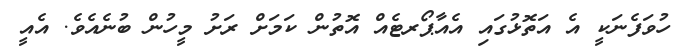
ހުވަފެނަކީ އެ އަތޮޅުގައި އެއާޕޯރޓެއް އޮތުން ކަމަށް ރަށު މީހުން ބުނެއެވެ. އެއީ